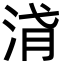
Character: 浳